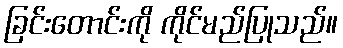
ခြင်းတောင်းကို ကိုင်မည်ပြုသည်။